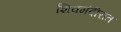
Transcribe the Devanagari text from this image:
शिवमंदीरात